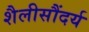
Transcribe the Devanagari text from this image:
शैलीसौंदर्य